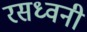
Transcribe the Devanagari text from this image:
रसध्वनी